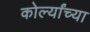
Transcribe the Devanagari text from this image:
कोर्ल्यांच्या